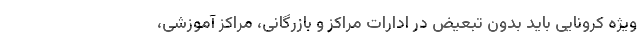
ویژه کرونایی باید بدون تبعیض در ادارات مراکز و بازرگانی، مراکز آموزشی،